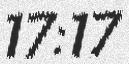
17:17